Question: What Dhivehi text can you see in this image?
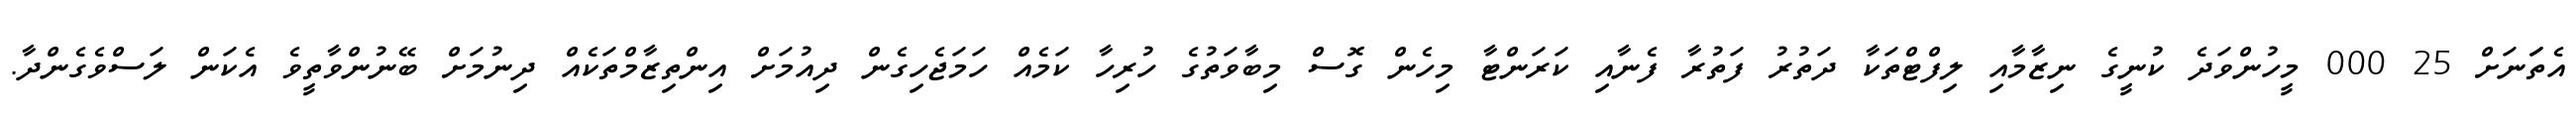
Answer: އެތަަނަށް 25 000 މީހުންވަދެ ކުނީގެ ނިޒާމާއި ލިފްޓްތަކާ ދަތުރު ފަތުރާ ފެނާއި ކަރަންޓާ މިހެން ގޮސް މިބާވަތުގެ ހުރިހާ ކަމެއް ހަމަޖެހިގެން ދިއުމަށް އިންތިޒާމްތަކެއް ދިނުމަށް ބޭނުންވާތީވެ އެކަން ލަސްވެގެންދާ.